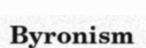
Byronism